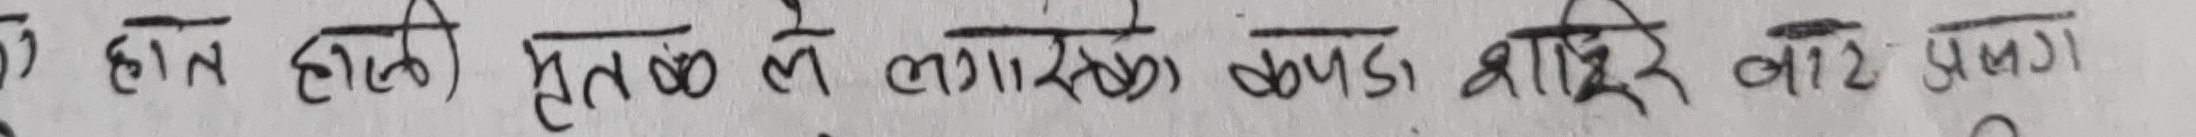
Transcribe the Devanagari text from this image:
होत होती भूतळ ले लागसे कवड्या धारे वाट उसळणे।